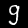
Digit: 9